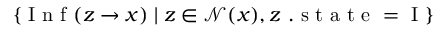
\{ \mathrm { ~ I ~ n ~ f ~ } ( z \to x ) \; | \; z \in \mathcal { N } ( x ) , z \mathrm { ~ . ~ s ~ t ~ a ~ t ~ e ~ = ~ I ~ } \}